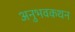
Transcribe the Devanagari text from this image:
अनुभवकथन